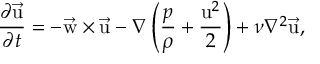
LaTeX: { \frac { \partial \vec { \mathrm { u } } } { \partial t } } = - \vec { \mathrm { w } } \times \vec { \mathrm { u } } - \nabla \left( { \frac { p } { \rho } } + { \frac { \mathrm { u } ^ { 2 } } { 2 } } \right) + \nu \nabla ^ { 2 } \vec { \mathrm { u } } ,